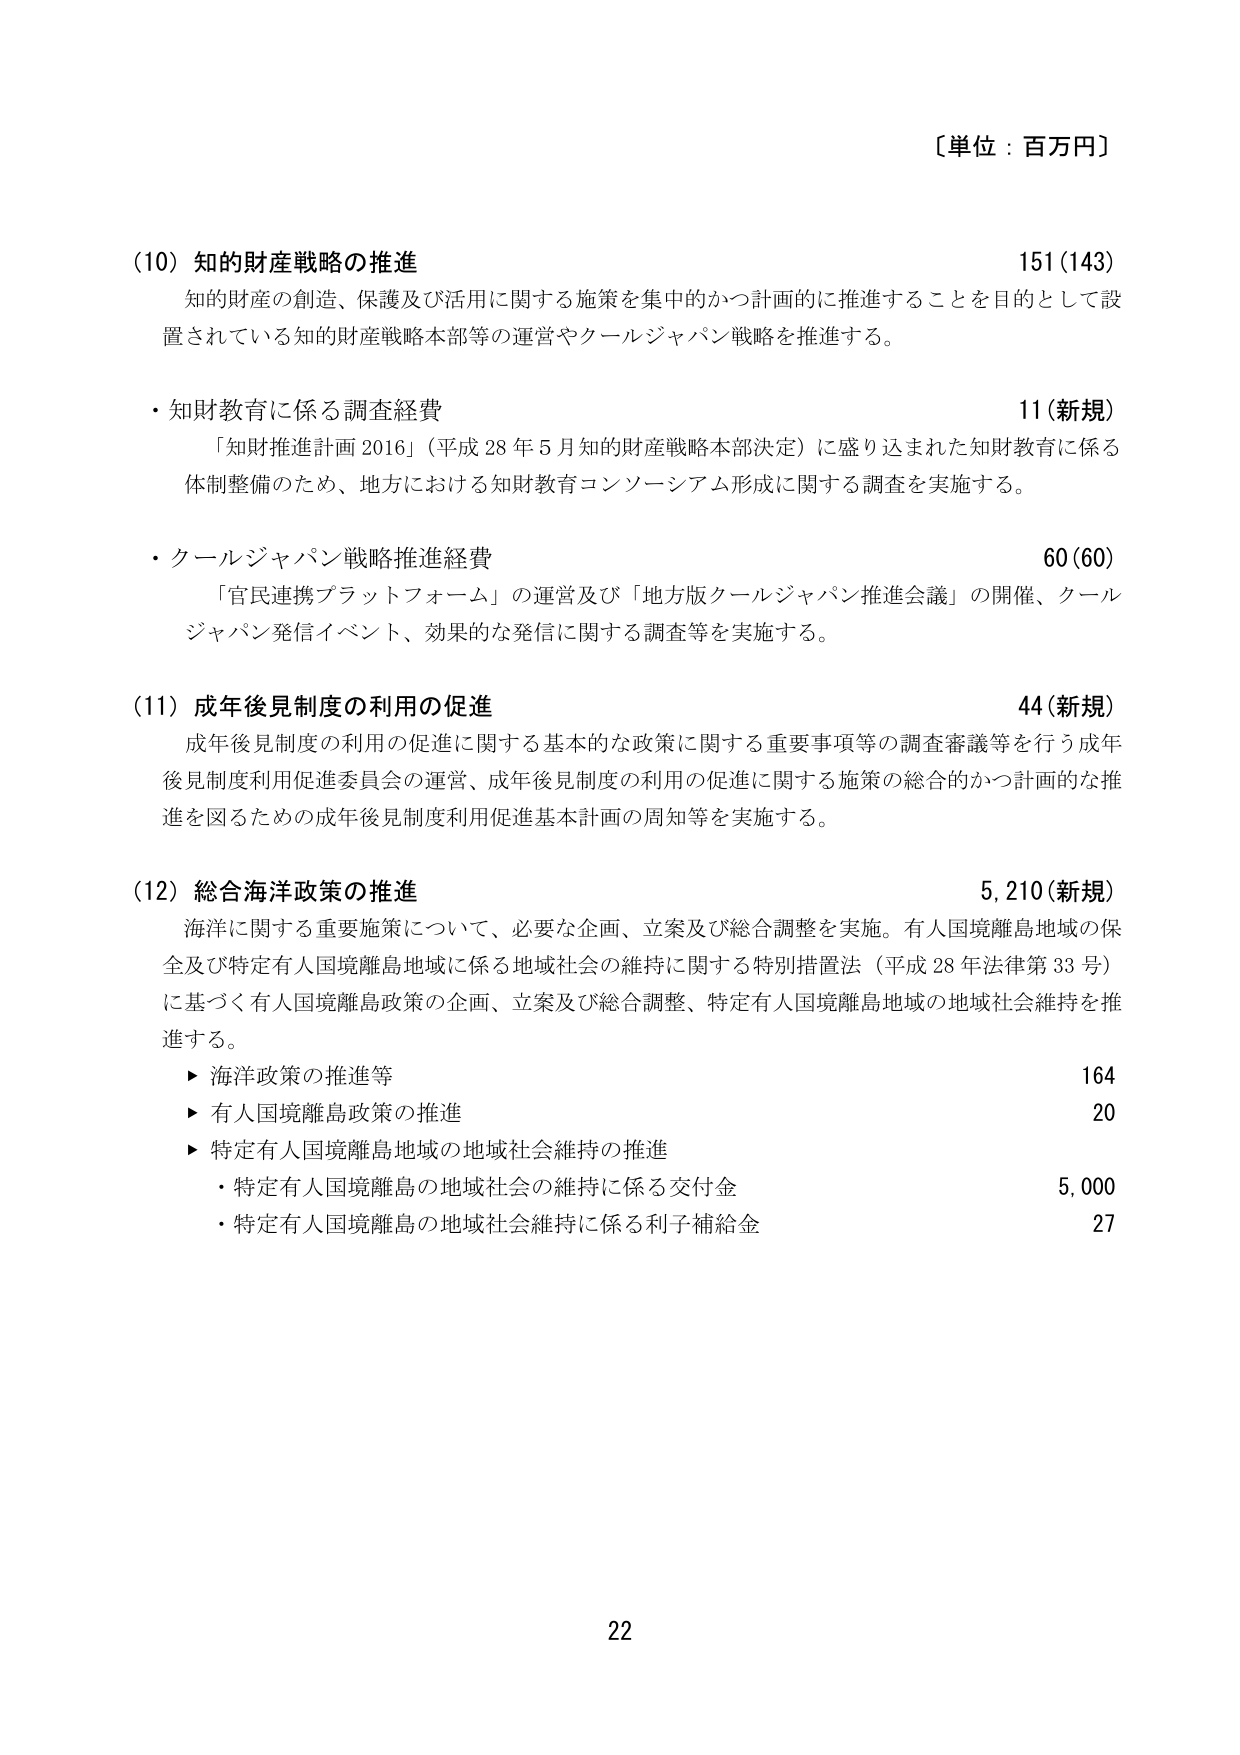
〔単位：百万円〕

(10) 知的財産戦略の推進 151(143)
知的財産の創造、保護及び活用に関する施策を集中的かつ計画的に推進することを目的として設置されている知的財産戦略本部等の運営やクールジャパン戦略を推進する。

・知財教育に係る調査経費 11(新規)
「知財推進計画2016」（平成28年5月知的財産戦略本部決定）に盛り込まれた知財教育に係る体制整備のため、地方における知財教育コンソーシアム形成に関する調査を実施する。

・クールジャパン戦略推進経費 60(60)
「官民連携プラットフォーム」の運営及び「地方版クールジャパン推進会議」の開催、クールジャパン発信イベント、効果的な発信に関する調査等を実施する。

(11) 成年後見制度の利用の促進 44(新規)
成年後見制度の利用の促進に関する基本的な政策に関する重要事項等の調査審議等を行う成年後見制度利用促進委員会の運営、成年後見制度の利用の促進に関する施策の総合的かつ計画的な推進を図るための成年後見制度利用促進基本計画の周知等を実施する。

(12) 総合海洋政策の推進 5,210(新規)
海洋に関する重要施策について、必要な企画、立案及び総合調整を実施。有人国境離島地域の保全及び特定有人国境離島地域に係る地域社会の維持に関する特別措置法（平成28年法律第33号）に基づく有人国境離島政策の企画、立案及び総合調整、特定有人国境離島地域の地域社会維持を推進する。
▶ 海洋政策の推進等 164
▶ 有人国境離島政策の推進 20
▶ 特定有人国境離島地域の地域社会維持の推進
・特定有人国境離島の地域社会の維持に係る交付金 5,000
・特定有人国境離島の地域社会維持に係る利子補給金 27

22